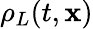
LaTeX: \rho_{L}(t,\mathbf{x})